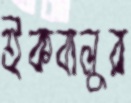
ইকবালুর